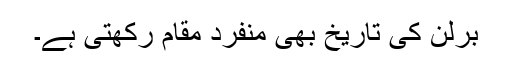
برلن کی تاریخ بھی منفرد مقام رکھتی ہے۔